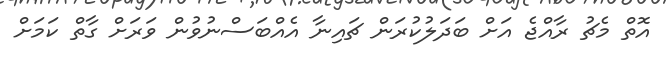
އޮތް މެޗު ރާއްޖެ އަށް ބަދަލުކުރަން ޗައިނާ އެއްބަސްނުވުން ވަރަށް ގާތް ކަމަށް